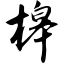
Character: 槔